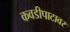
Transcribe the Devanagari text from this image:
कवडीपाटावर